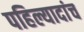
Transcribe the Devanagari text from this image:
पहिल्यादांच